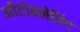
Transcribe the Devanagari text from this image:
ऑटोक्लेविंग